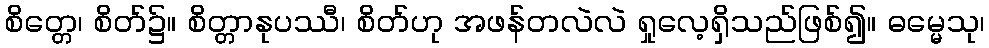
စိတ္တေ၊ စိတ်၌။ စိတ္တာနုပဿီ၊ စိတ်ဟု အဖန်တလဲလဲ ရှုလေ့ရှိသည်ဖြစ်၍။ ဓမ္မေသု၊